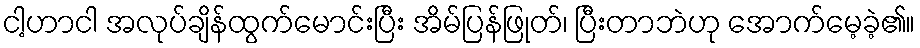
ငါ့ဟာငါ အလုပ်ချိန်ထွက်မောင်းပြီး အိမ်ပြန်ဖြုတ်၊ ပြီးတာဘဲဟု အောက်မေ့ခဲ့၏။